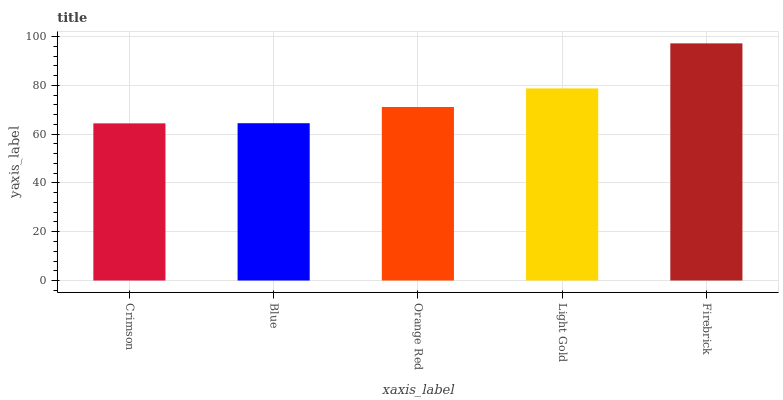
| xaxis_label | bars |
 | --- | --- |
 | Crimson | 64.4 |
 | Blue | 64.5 |
 | Orange Red | 71.2 |
 | Light Gold | 78.8 |
 | Firebrick | 97.2 |